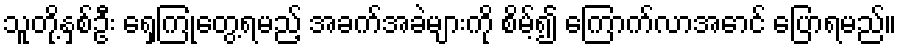
သူတို့နှစ်ဦး ရှေ့ကြုံတွေ့ရမည့် အခက်အခဲများကို စိမ့်၍ ကြောက်လာအောင် ပြောရမည်။